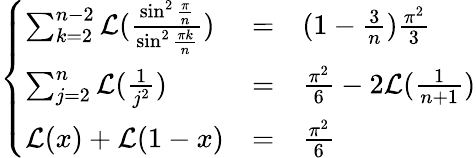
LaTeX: \left\{ \begin{array}{lll}{{\sum_{k=2}^{n-2}{\cal L}(\frac{\sin^{2}\frac{\pi}{n}}{\sin^{2}\frac{\pi k}{n}})}}&{{=}}&{{(1-\frac{3}{n})\frac{\pi^{2}}{3}}}\\ {{\sum_{j=2}^{n}{\cal L}(\frac{1}{j^{2}})}}&{{=}}&{{\frac{\pi^{2}}{6}-2{\cal L}(\frac{1}{n+1})}}\\ {{{\cal L}(x)+{\cal L}(1-x)}}&{{=}}&{{\frac{\pi^{2}}{6}}}\end{array}\right.